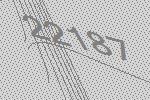
22187